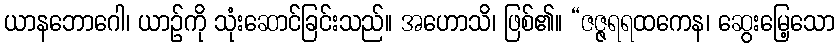
ယာနဘောဂေါ၊ ယာဉ်ကို သုံးဆောင်ခြင်းသည်။ အဟောသိ၊ ဖြစ်၏။ “ဇဇ္ဇရရထကေန၊ ဆွေးမြေ့သော